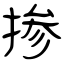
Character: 掺